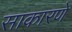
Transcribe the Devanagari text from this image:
साकारणे